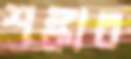
শঙ্কার